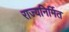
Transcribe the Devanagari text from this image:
राज्यनिर्मित